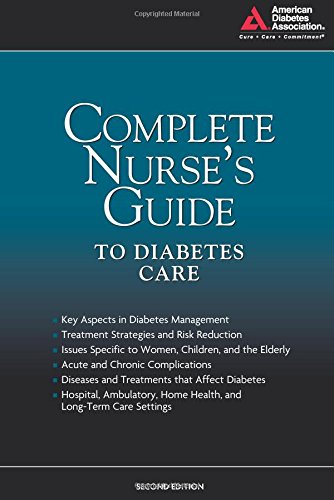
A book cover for Complete Nurse's Guide to Diabetes Care (Childs, Complete Nurse's Guide to Diabetes Care); American Diabetes Association; Health, Fitness & Dieting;